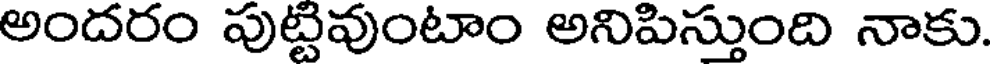
అందరం పుట్టవుంటాం అనిపిస్తుంది నాకు.